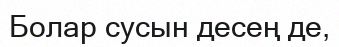
Болар сусын десең де,